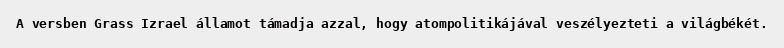
A versben Grass Izrael államot támadja azzal, hogy atompolitikájával veszélyezteti a világbékét.